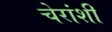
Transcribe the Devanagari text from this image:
चेरांशी